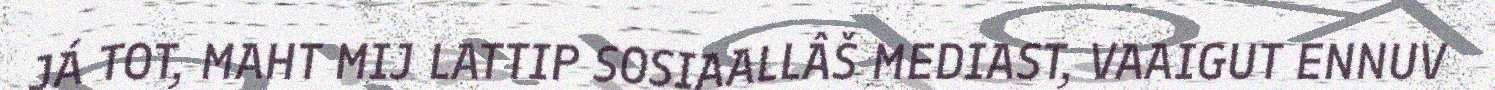
JÁ TOT, MAHT MIJ LATTIP SOSIAALLÂŠ MEDIAST, VAAIGUT ENNUV